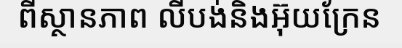
ពីស្ថានភាព លីបង់និងអ៊ុយក្រែន